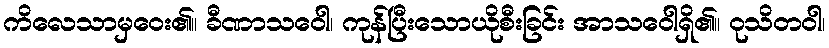
ကိလေသာမှဝေး၏။ ခီဏာသဝေါ၊ ကုန်ပြီးသောယိုစီးခြင်း အာသဝေါရှိ၏။ ဝုသိတဝါ၊